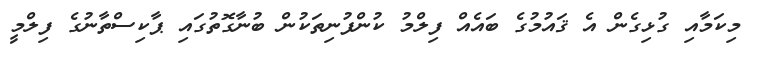
މިކަމާއި ގުޅިގެން އެ ޤައުމުގެ ބައެއް ފިލްމު ކުންފުނިތަކުން ބުނާގޮތުގައި ޕާކިސްތާނުގެ ފިލްމީ